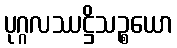
ပုဂ္ဂလဿဋ္ဌိသဉ္စယော